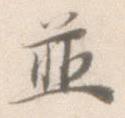
並